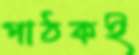
পাঠকই